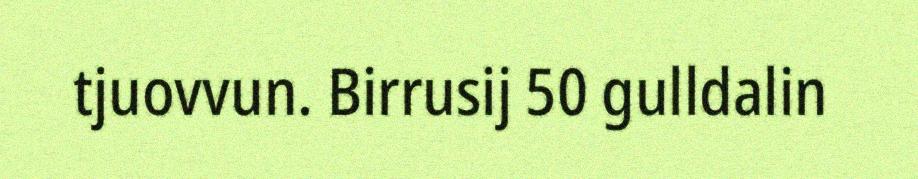
tjuovvun. Birrusij 50 gulldalin